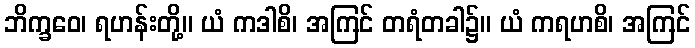
ဘိက္ခဝေ၊ ရဟန်းတို့။ ယံ ကဒါစိ၊ အကြင် တရံတခါ၌။ ယံ ကရဟစိ၊ အကြင်